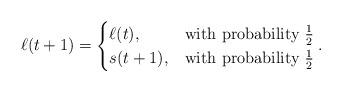
LaTeX: \begin{align*} \ell(t+1)=\begin{cases}\ell(t),& \mbox{with probability $\frac{1}{2}$}\\ s(t+1),& \mbox{with probability $\frac{1}{2}$}\end{cases}.\end{align*}